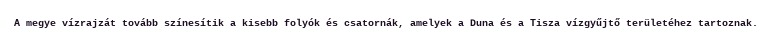
A megye vízrajzát tovább színesítik a kisebb folyók és csatornák, amelyek a Duna és a Tisza vízgyűjtő területéhez tartoznak.